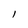
Character: l